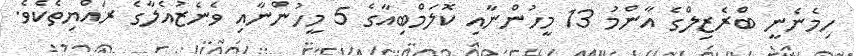
ހިމެނެނީ ބްރެޒިލްގެ އާންމު 13 މީހުންނާއި ކޮލަމްބިއާގެ 5 މީހުންނާއި ވެނެޒުއެލާގެ ރައްޔިތެކެވެ.